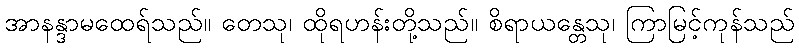
အာနန္ဒာမထေရ်သည်။ တေသု၊ ထိုရဟန်းတို့သည်။ စိရာယန္တေသု၊ ကြာမြင့်ကုန်သည်